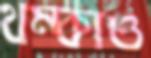
থম্‌কাও